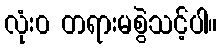
လုံး၀ တရားမစွဲသင့်ပါ။